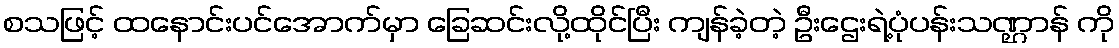
စသဖြင့် ထနောင်းပင်အောက်မှာ ခြေဆင်းလို့ထိုင်ပြီး ကျန်ခဲ့တဲ့ ဦးဌေးရဲ့ပုံပန်းသဏ္ဌာန် ကို